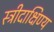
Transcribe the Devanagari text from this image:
स्त्रीदाक्षिण्य